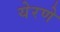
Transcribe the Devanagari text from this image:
येरणे